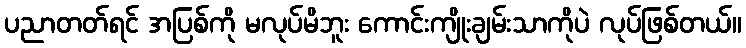
ပညာတတ်ရင် အပြစ်ကို မလုပ်မိဘူး ကောင်းကျိုးချမ်းသာကိုပဲ လုပ်ဖြစ်တယ်။